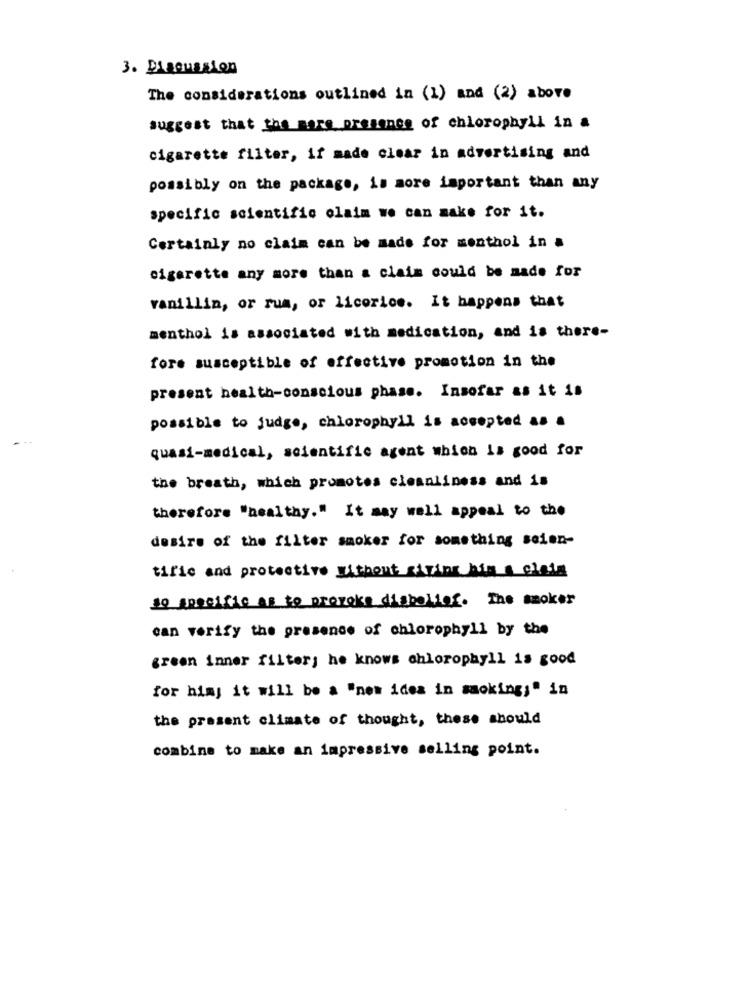
3. Discussion
The considerations outlined in (1) and (2) above
suggest that the mars presenes of chlorophyll in a
cigarette filter, if made clear in advertising and
possibly on the package, is more important than any
specific scientific olaim we can make for it.
Certainly no claim can be made for menthol in a
cigarette any more than a claim could be made for
vanillin, or rum, or licorice. It happens that
menthol is associated with medication, and is there-
fore susceptible of effective promotion in the
present health-conscious phase. Insofar as it is
possible to judge, chlorophyll is accepted as a
quasi-medical, scientific agent which is good for
the breath, which promotes cleanliness and is
therefore "healthy." It may well appeal to the
desire of the filter smoker for something seien-
tifle and protective without giving him a plats
so specific as to provoke disbelief. The smoker
can verify the presence of chlorophyll by the
green inner filter; he knows chlorophyll is good
for him; it will be a "nem idea in smoking;" in
the present climate of thought, these should
combine to make an impressive selling point.